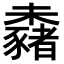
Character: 𣠕